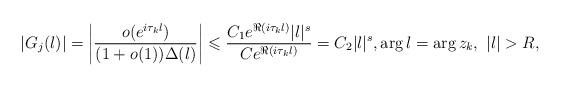
LaTeX: \begin{align*} \left|G_j(\l)\right| = \left|\frac{o(e^{i \tau_k \l})}{(1+o(1))\Delta(\l)}\right| \leqslant \frac{C_1 e^{\Re(i \tau_k \l)}|\l|^s}{C e^{\Re(i \tau_k \l)}} = C_2 |\l|^s, \arg \l = \arg z_k, \ |\l|>R,\end{align*}